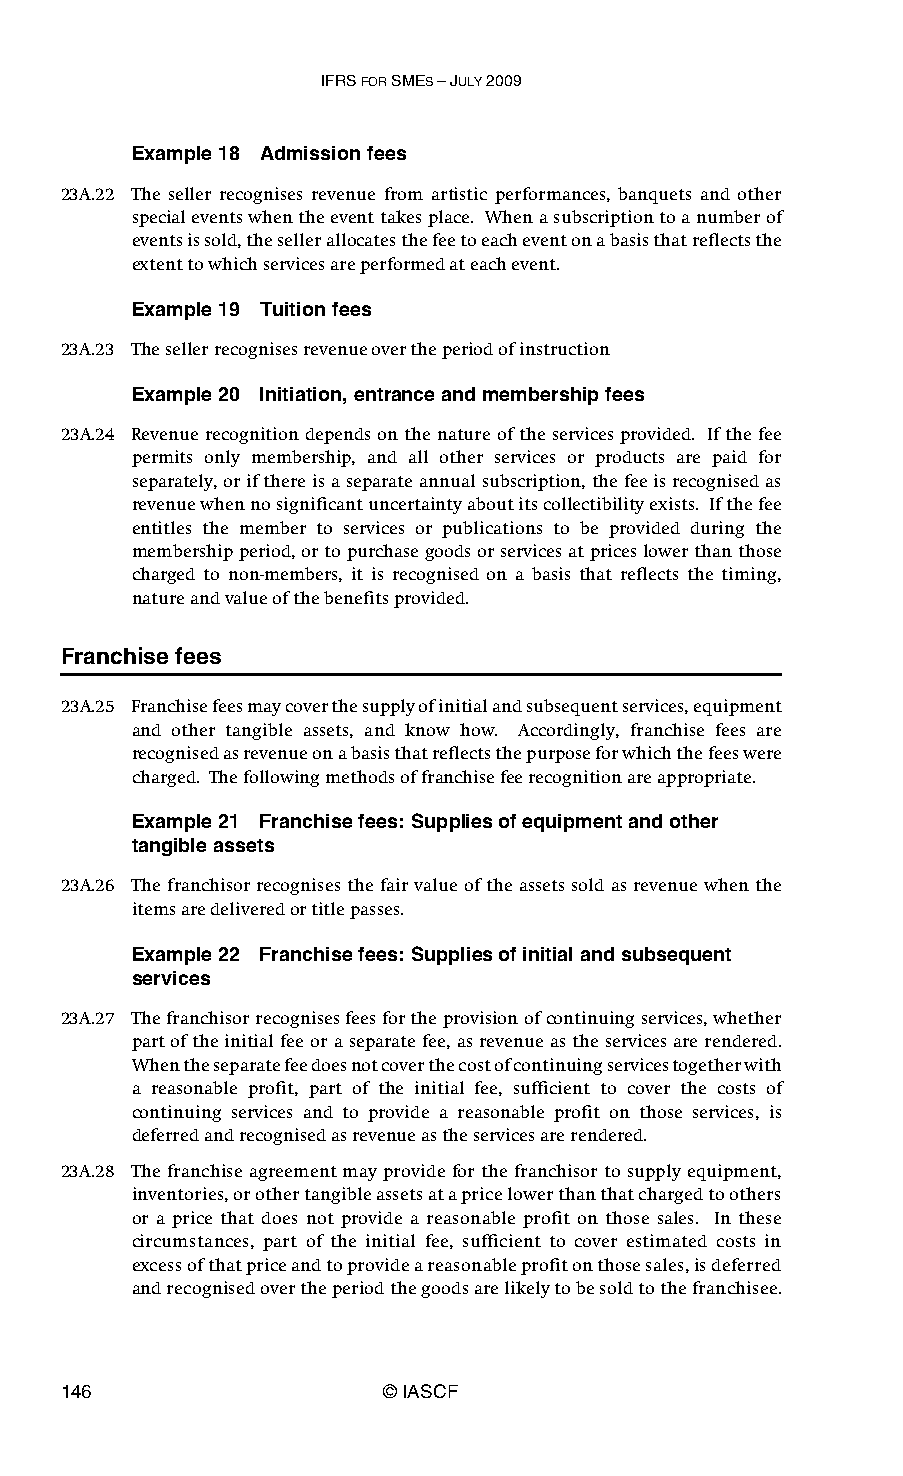
IFRS FOR SMES – JULY 2009
 Example 18 Admission fees
 23A.22 The seller recognises revenue from artistic performances, banquets and other
 special events when the event takes place. When a subscription to a number of
 events is sold, the seller allocates the fee to each event on a basis that reflects the
 extent to which services are performed at each event.
 Example 19 Tuition fees
 23A.23 The seller recognises revenue over the period of instruction
 Example 20 Initiation, entrance and membership fees
 23A.24 Revenue recognition depends on the nature of the services provided. If the fee
 permits only membership, and all other services or products are paid for
 separately, or if there is a separate annual subscription, the fee is recognised as
 revenue when no significant uncertainty about its collectibility exists. If the fee
 entitles the member to services or publications to be provided during the
 membership period, or to purchase goods or services at prices lower than those
 charged to non-members, it is recognised on a basis that reflects the timing,
 nature and value of the benefits provided.
 Franchise fees
 23A.25 Franchise fees may cover the supply of initial and subsequent services, equipment
 and other tangible assets, and know how. Accordingly, franchise fees are
 recognised as revenue on a basis that reflects the purpose for which the fees were
 charged. The following methods of franchise fee recognition are appropriate.
 Example 21 Franchise fees: Supplies of equipment and other
 tangible assets
 23A.26 The franchisor recognises the fair value of the assets sold as revenue when the
 items are delivered or title passes.
 Example 22 Franchise fees: Supplies of initial and subsequent
 services
 23A.27 The franchisor recognises fees for the provision of continuing services, whether
 part of the initial fee or a separate fee, as revenue as the services are rendered.
 When the separate fee does not cover the cost of continuing services together with
 a reasonable profit, part of the initial fee, sufficient to cover the costs of
 continuing services and to provide a reasonable profit on those services, is
 deferred and recognised as revenue as the services are rendered.
 23A.28 The franchise agreement may provide for the franchisor to supply equipment,
 inventories, or other tangible assets at a price lower than that charged to others
 or a price that does not provide a reasonable profit on those sales. In these
 circumstances, part of the initial fee, sufficient to cover estimated costs in
 excess of that price and to provide a reasonable profit on those sales, is deferred
 and recognised over the period the goods are likely to be sold to the franchisee.
 146                   © IASCF